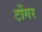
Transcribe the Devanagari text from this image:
टोंगर